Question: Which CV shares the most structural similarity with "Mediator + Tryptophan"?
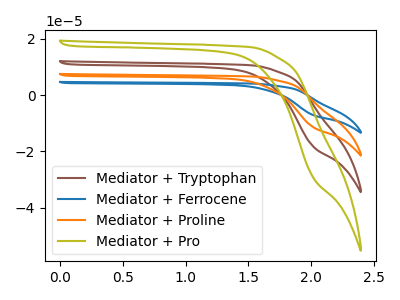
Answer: <think>The brown curve "Mediator + Tryptophan" has no peaks. The blue curve "Mediator + Ferrocene" has no peaks. The orange curve "Mediator + Proline" has no peaks. The olive curve "Mediator + Pro" has no peaks.
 Neither "Mediator + Tryptophan" or "Mediator + Ferrocene" have any peaks. Neither "Mediator + Tryptophan" or "Mediator + Proline" have any peaks. Neither "Mediator + Tryptophan" or "Mediator + Pro" have any peaks. Neither "Mediator + Ferrocene" or "Mediator + Proline" have any peaks. Neither "Mediator + Ferrocene" or "Mediator + Pro" have any peaks. Neither "Mediator + Proline" or "Mediator + Pro" have any peaks.</think>
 <answer>"Mediator + Tryptophan", "Mediator + Ferrocene" and "Mediator + Proline" have a similar shape to "Mediator + Pro".</answer>
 <eval>"Mediator + Tryptophan" "Mediator + Ferrocene" "Mediator + Proline"</eval>